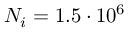
N _ { i } = 1 . 5 \cdot 1 0 ^ { 6 }